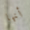
أنها